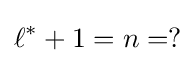
\ell ^{*}+1=n=?